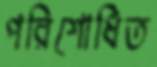
পরিশোধিত